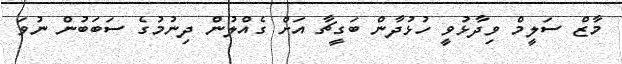
މާޒް ސަލީމް ވިދާޅުވީ ހުޅުދާން ބަގީޗާ އަށް ގެއްލުން ދިނުމުގެ ސަބަބުން ނުވަ